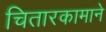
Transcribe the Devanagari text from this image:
चितारकामाने